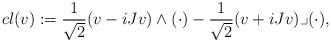
LaTeX: \begin{align*} cl (v) : = \frac{1}{\sqrt{2}}(v-iJv)\wedge (\cdot) - \frac{1}{\sqrt{2}}(v+iJv)\lrcorner (\cdot),\end{align*}